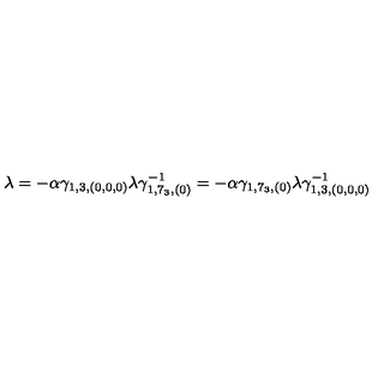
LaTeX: \lambda = - \alpha \gamma _ { 1 , 3 , ( 0 , 0 , 0 ) } \lambda \gamma _ { 1 , 7 _ { 3 } , ( 0 ) } ^ { - 1 } = - \alpha \gamma _ { 1 , 7 _ { 3 } , ( 0 ) } \lambda \gamma _ { 1 , 3 , ( 0 , 0 , 0 ) } ^ { - 1 }